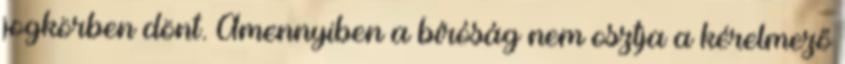
jogkörben dönt. Amennyiben a bíróság nem osztja a kérelmező